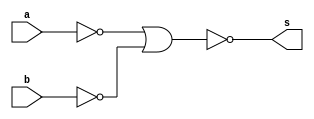
/*
* Aluno: Henrique Augusto Rodrigues
* Arquitetura 1 - Tarde
* Guia_05  Exemplo 0503.
*/
module ex_03 (output s, input a, b);

wire not_a;
wire not_b;

nor NOTa (not_a, a, a);
nor NOTb (not_b, b, b);
nor NORab (s, not_a, not_b);

endmodule //ex_02

module control (output s, input a, b);

assign s = a & b;

endmodule

module test;

reg x;
reg y;
wire a, b;

ex_03 moduloA (a, x, y);
control moduloB (b, x, y);

//main
initial
begin : main
//id
$display("Guia 05 Ex. 03");

//monitor
$display("  x   y   NOR   Controle");

//first signal
#1 x=1'b0; y=1'b0;

$monitor("%3b %3b %4b %8b", x, y, a, b);

//signals
#1 x=0; y=1;
#1 x=1; y=0;
#1 x=1; y=1;

end // main
endmodule // Guia